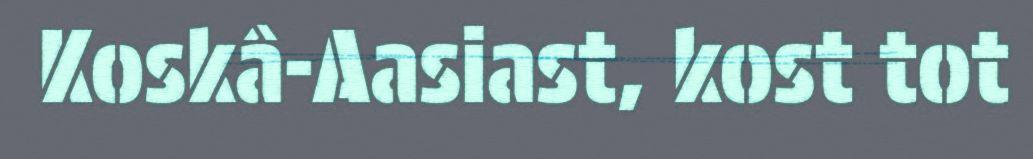
Koskâ-Aasiast, kost tot